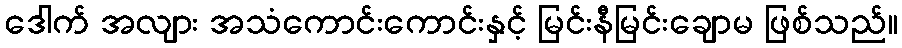
ဒေါက် အလျား အသံကောင်းကောင်းနှင့် မြင်းနီမြင်းချောမ ဖြစ်သည်။